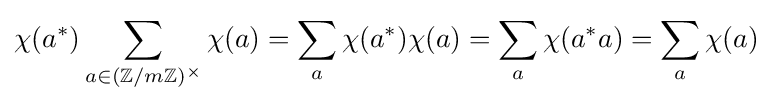
\chi (a^{*})\sum _{a\in (\mathbb {Z} /m\mathbb {Z} )^{\times }}\chi (a)=\sum _{a}\chi (a^{*})\chi (a)=\sum _{a}\chi (a^{*}a)=\sum _{a}\chi (a)